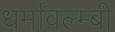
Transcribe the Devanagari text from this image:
धर्मावल्म्बी